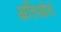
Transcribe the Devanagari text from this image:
अलिओटो